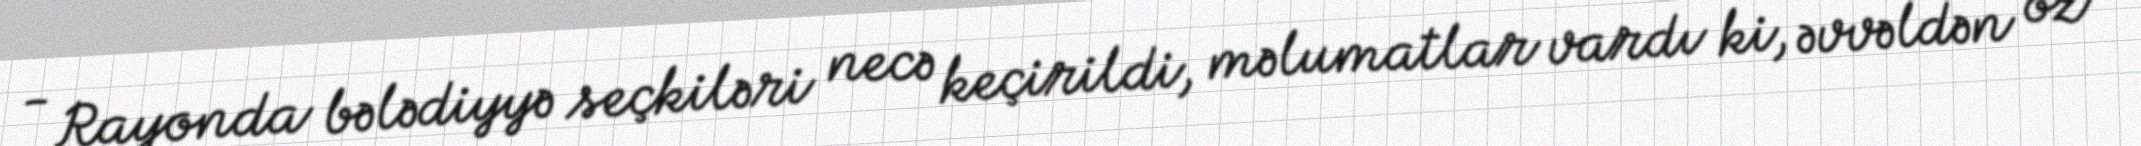
- Rayonda bələdiyyə seçkiləri necə keçirildi, məlumatlar vardı ki, əvvəldən öz